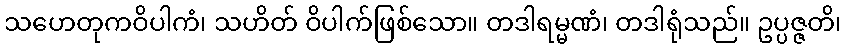
သဟေတုကဝိပါကံ၊ သဟိတ် ဝိပါက်ဖြစ်သော။ တဒါရမ္မဏံ၊ တဒါရုံသည်။ ဥပ္ပဇ္ဇတိ၊